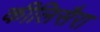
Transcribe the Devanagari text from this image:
कीलिसैरा